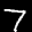
Label: 7